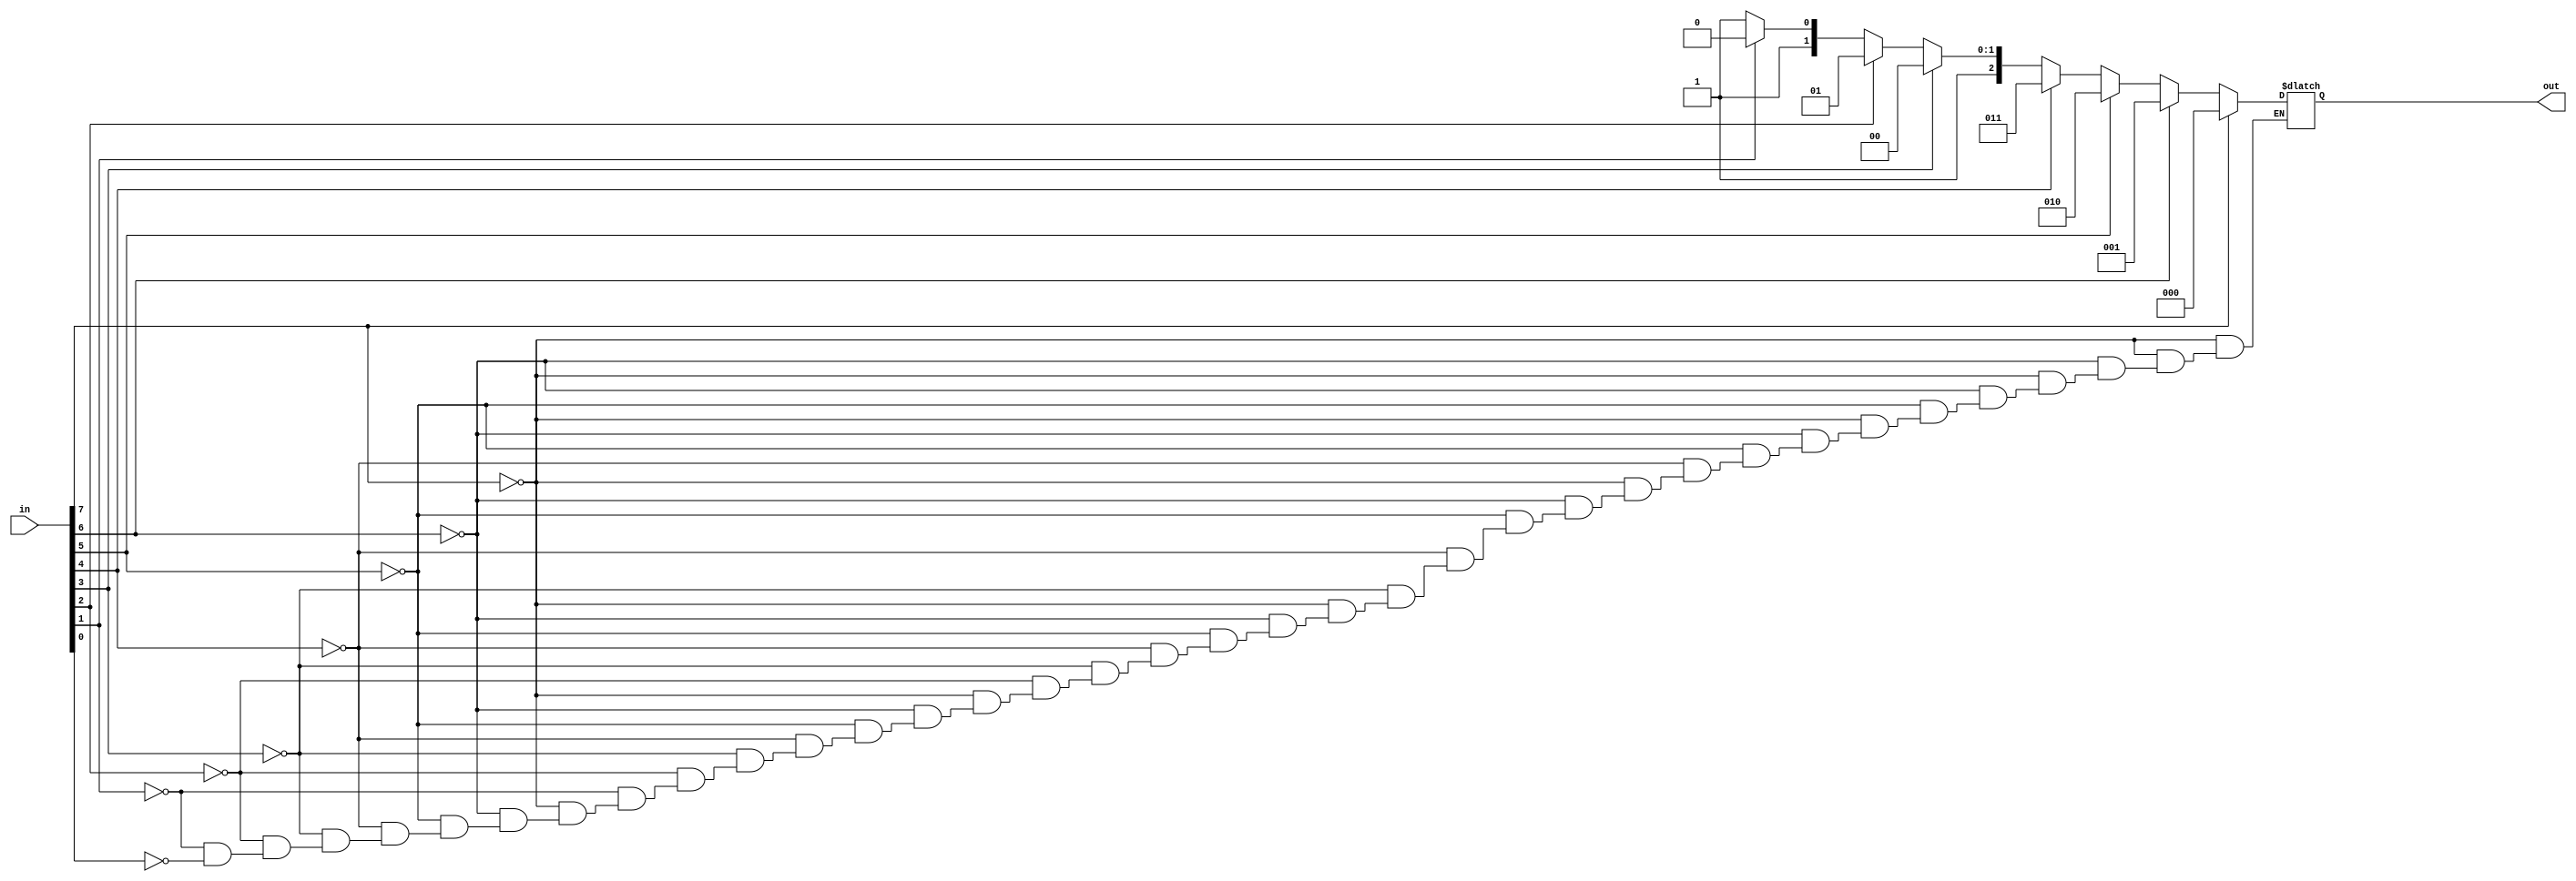
module encoder(in,out);
	input[7:0] in;
	output[2:0] out;
	reg[2:0] out;
	always@(in)
	begin
		if(in[7]) out = 3'd0;
		else if(in[6]) out = 3'd1;
		else if(in[5]) out = 3'd2;
		else if(in[4]) out = 3'd3;
		else if(in[3]) out = 3'd4;
		else if(in[2]) out = 3'd5;
		else if(in[1]) out = 3'd6;
		else if(in[0]) out = 3'd7;
	end 
endmodule

module support_reg1(clk,ctrl,a,b,aout,bout,ctrlout);
	input[3:0] a,b;
	input clk;
	input[2:0] ctrl;
	output[3:0] aout,bout;
	output[2:0] ctrlout;
	reg[3:0] aout,bout;
	reg[2:0] ctrlout;
	always@(posedge clk)
	begin
		aout <= a;
		bout <= b;
		ctrlout <= ctrl;
	end	
endmodule

module support_reg2(clk,x,xout);
	input clk;
	input[3:0] x;
	output[3:0] xout;
	reg[3:0] xout;
	always@(posedge clk)
		xout = x;
endmodule


module ALU(a,b,ctrl,aluout);
	input[3:0] a,b;
	input[2:0] ctrl;
	output[3:0] aluout;
	reg[3:0] aluout;
	always@(a or b or ctrl)
	begin
		case(ctrl)
		3'b000 : aluout = a+b;
		3'b001 : aluout = a-b;
		3'b010 : aluout = a^b;
		3'b011 : aluout = a|b;
		3'b100 : aluout = a & b;
		3'b101 : aluout = ~(a|b);
		3'b110 : aluout = ~(a&b);
		3'b111 : aluout = ~(a^b);
		endcase
	end
endmodule

module paritygenerator(in,out);
	input[3:0] in;
	output out;
	assign out = ~(in[0]^in[1]^in[2]^in[3]);
endmodule


module datapath(clk,opcode,a,b,out);
	input clk;
	input [7:0] opcode;
	input [3:0] a,b;
	output out;
	wire[2:0] ctrl,ctrlout;
	wire[3:0] aout,bout;
	wire[3:0] aluout,aluout2;
	
	encoder e(opcode,ctrl);
	support_reg1 s1(clk,ctrl,a,b,aout,bout,ctrlout);
	ALU a1(aout,bout,ctrlout,aluout);
	support_reg2 s2(clk,aluout,aluout2);
	paritygenerator p1(aluout2,out);
endmodule

module test;
	reg clk;
	reg[7:0] opcode;
	reg[3:0] a,b;
	wire out;
	datapath d(clk,opcode,a,b,out);
	initial
	begin
		$monitor($time," :a=%b opcode=%b ctrl=%b aluout=%b b=%b out=%b",a,opcode,d.ctrl,d.aluout,b,out);
		#0 clk = 1'b1;
		#5 a = 4'b0101; b = 4'b0111;  opcode = 8'b10000000;
		#20 opcode = 8'b01000000;
    		#20 opcode = 8'b00100000;
	     #20 opcode = 8'b00010000;
	     #20 opcode = 8'b00001000;
	     #20 opcode = 8'b00000100;
	     #20 opcode = 8'b00000010;
	     #20 opcode = 8'b00000001;
	     #50 $finish;
	end
	always
		#2 clk = ~clk;
endmodule